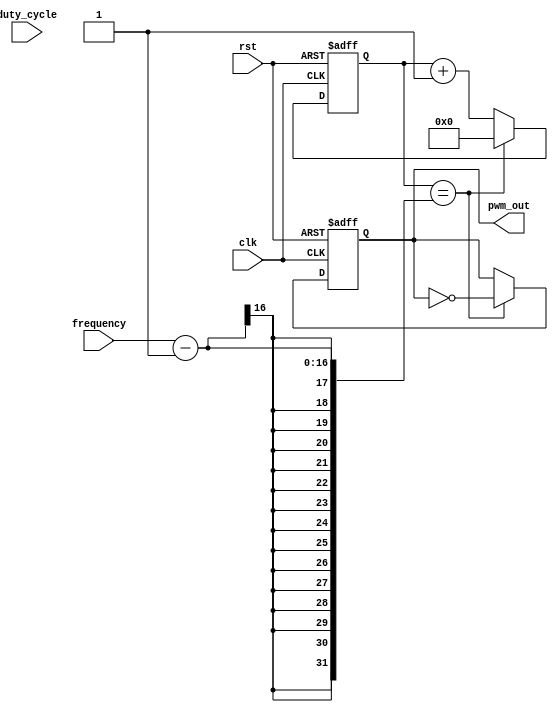
module pwm_pulse_generator (
   input wire clk,
   input wire rst,
   input wire [7:0] duty_cycle, // 8-bit input for duty cycle control
   input wire [15:0] frequency, // 16-bit input for frequency control
   output reg pwm_out
);

reg [15:0] count;

always @(posedge clk or posedge rst) begin
   if (rst) begin
      count <= 16'b0;
      pwm_out <= 1'b0;
   end else begin
      if (count == frequency - 1) begin
         count <= 16'b0;
         pwm_out <= ~pwm_out;
      end else begin
         count <= count + 1;
      end
   end
end

endmodule